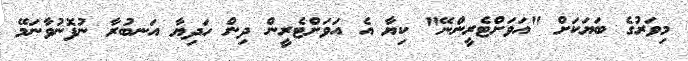
މިވަރުގެ ބަޔަކަށް "އަވަށްޓެރީންނޭ" ކިޔާ އެ އަވަށްޓެރީން ދިން ހަދިޔާ އަނބުރާ ނުފޮނުވާނަމޭ